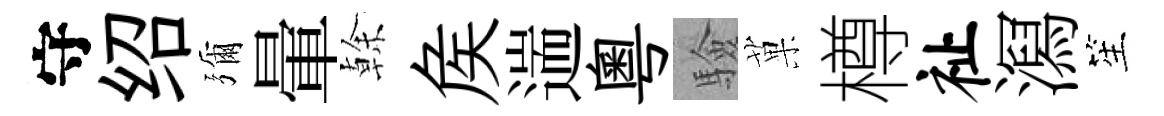
守绍彌暈𠏉矦遄粵驗菓樽祉㵼笙